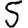
Digit: 5